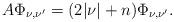
LaTeX: \begin{align*}A \Phi_{\nu,\nu'} = (2|\nu|+n)\Phi_{\nu,\nu'}.\end{align*}